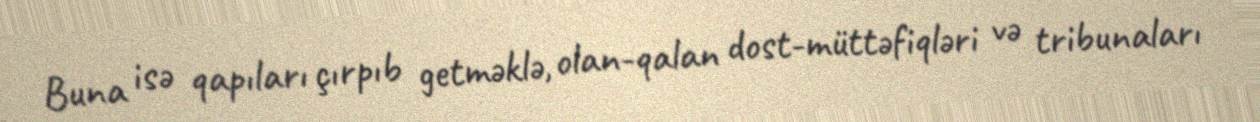
Buna isə qapıları çırpıb getməklə, olan-qalan dost-müttəfiqləri və tribunaları